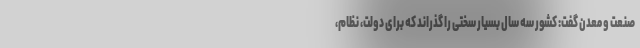
صنعت و معدن گفت: کشور سه سال بسیار سختی را گذراند که برای دولت، نظام،